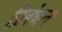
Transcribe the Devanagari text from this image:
प्रिबंधन